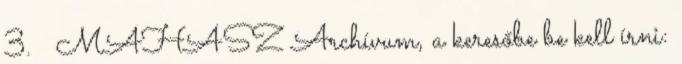
3. ↑ MAHASZ Archívum, a keresőbe be kell írni: